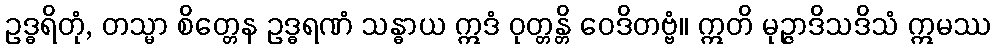
ဥဒ္ဓရိတုံ, တသ္မာ စိတ္တေန ဥဒ္ဓရဏံ သန္ဓာယ ဣဒံ ဝုတ္တန္တိ ဝေဒိတဗ္ဗံ။ ဣတိ မုဉ္ဇာဒိသဒိသံ ဣမဿ